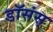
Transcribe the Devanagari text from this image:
डॉसंस्